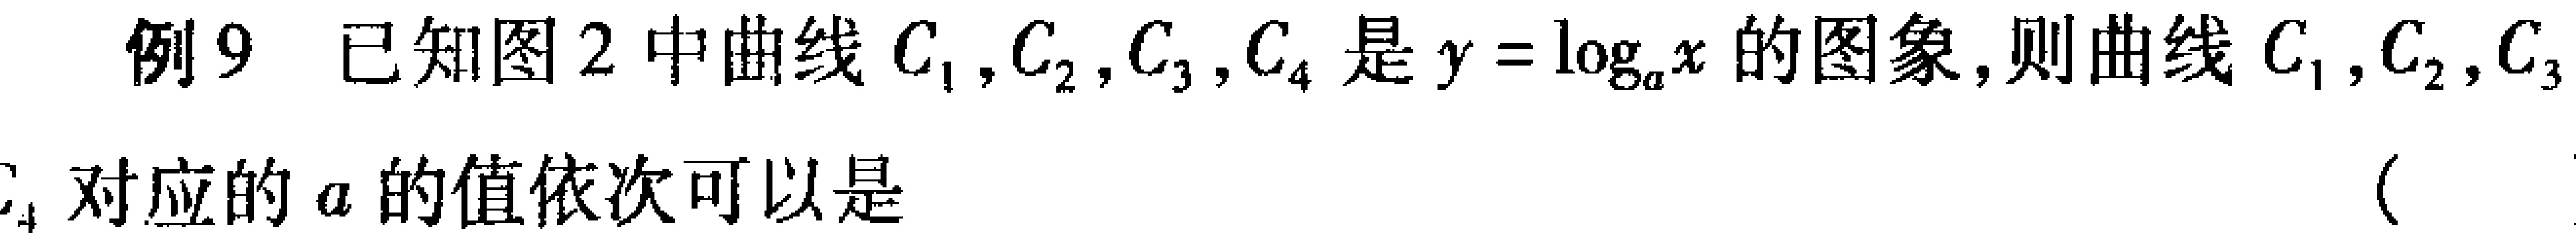
例9 已知图2中曲线\(C_{1},C_{2},C_{3},C_{4}\)是\(y = \log_{a}x\)的图象,则曲线\(C_{1},C_{2},C_{3}\)

\(C_{4}\)对应的\(a\)的值依次可以是 （  ）